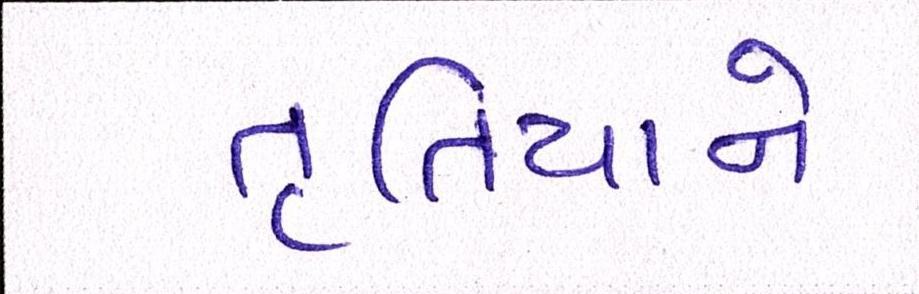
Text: તૃતિયાને